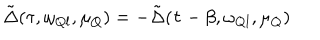
\tilde { \Delta } ( \tau , \omega _ { Q l } , \mu _ { Q } ) = - \tilde { \Delta } ( \tau - \beta , \omega _ { Q l } , \mu _ { Q } )